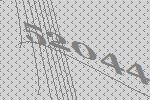
52044